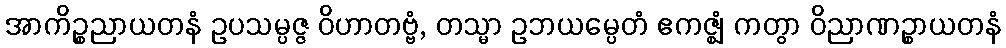
အာကိဉ္စညာယတနံ ဥပသမ္ပဇ္ဇ ဝိဟာတဗ္ဗံ, တသ္မာ ဥဘယမ္ပေတံ ဧကဇ္ဈံ ကတွာ ဝိညာဏဉ္စာယတနံ